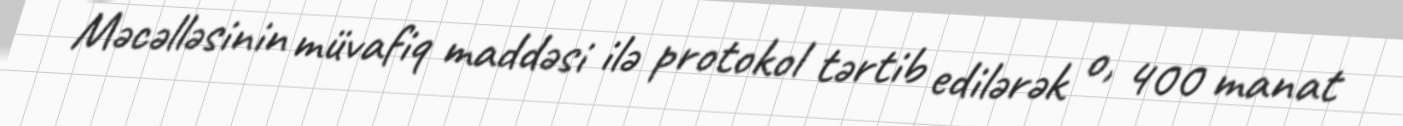
Məcəlləsinin müvafiq maddəsi ilə protokol tərtib edilərək o, 400 manat